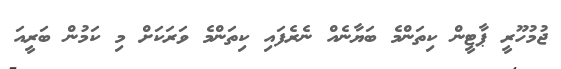
ޖުމުހޫރީ ޕާޓީން ކިތަންމެ ބަޔާނެއް ނެރެފައި ކިތަންމެ ވަރަކަށް މި ކަމުން ބަރީއަ